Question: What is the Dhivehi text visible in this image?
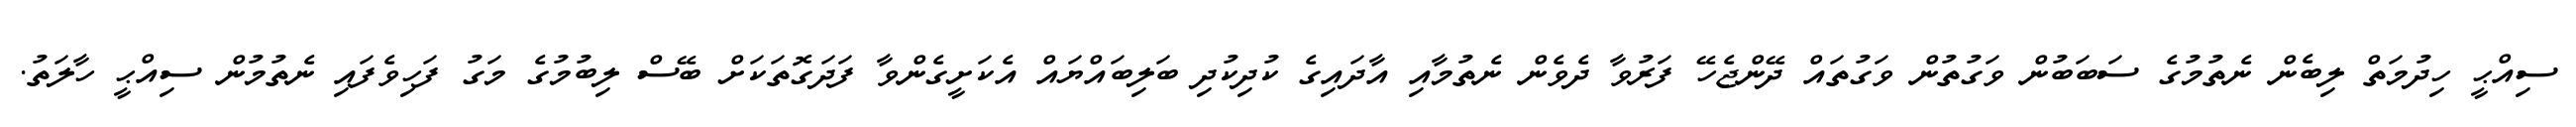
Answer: ސިއްޙީ ހިދުމަތް ލިބެން ނެތުމުގެ ސަބަބުން ވަގުތުން ވަގުތައް ދޭންޖެހޭ ފަރުވާ ދެވެން ނެތުމާއި އާދައިގެ ކުދިކުދި ބަލިބައްޔައް އެކަށީގެންވާ ފަދަގޮތަކަށް ބޭސް ލިބުމުގެ މަގު ފަހިވެފައި ނެތުމުން ސިއްޙީ ހާލަތު.